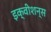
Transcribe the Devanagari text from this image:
इक्‍वीशन्‍स